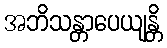
အဘိသန္တာပေယျန္တိ